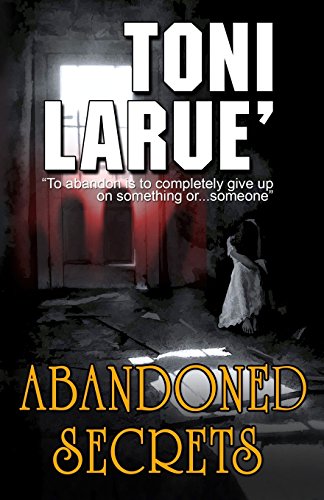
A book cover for Abandoned Secrets; Toni Larue; Literature & Fiction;